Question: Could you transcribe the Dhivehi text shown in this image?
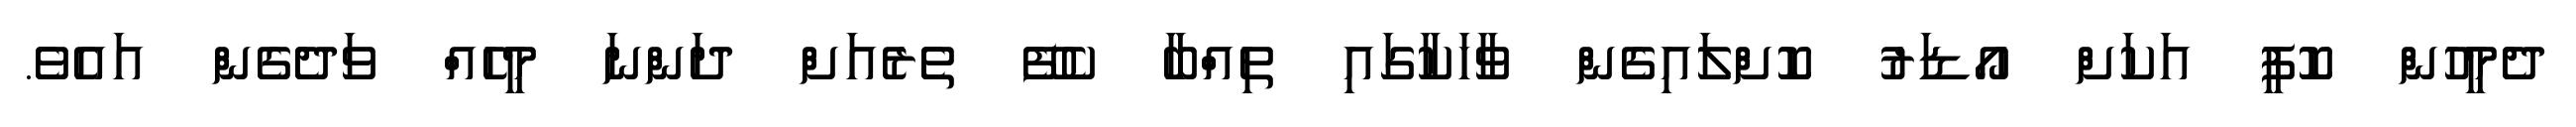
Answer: ދެމީހުން ކޮފީ އަކަށް އޯޑަރު ކޮށްލައިގެން ވާހަކާގައި ތިއްބާ ކެފޭ ތެރެއަށް ދަންނަ މީހެއް ވަދެގެން އައެވެ.